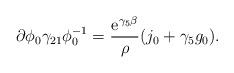
LaTeX: \begin{align*}\partial\phi_0 \gamma_{21}\phi_{0}^{-1} =\frac{{\rm e}^{\gamma_5 \beta}}{\rho}(j_0 + \gamma_5 g_0) .\end{align*}